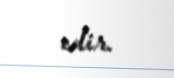
edir.